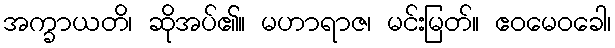
အက္ခာယတိ၊ ဆိုအပ်၏။ မဟာရာဇ၊ မင်းမြတ်။ ဧဝမေဝခေါ၊